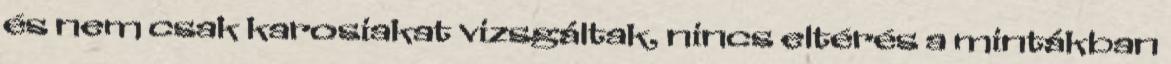
és nem csak karosiakat vizsgáltak, nincs eltérés a mintákban